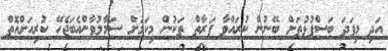
އަދި މިފަދަ ބަސްފުޅުތަށް ބޭނުން ކުރައްވާ ފަރާތް ތަކުން މިކަމަށް ސަމާލުވާންއެބަޖެހޭ ކުރިއަށްއޮތް